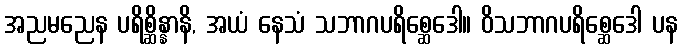
အညမညေန ပရိစ္ဆိန္နာနိ, အယံ နေသံ သဘာဂပရိစ္ဆေဒေါ။ ဝိသဘာဂပရိစ္ဆေဒေါ ပန